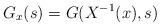
LaTeX: \begin{align*}G_x(s)=G(X^{-1}(x),s)\end{align*}